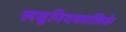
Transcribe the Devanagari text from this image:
लघुनियकालिके